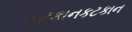
કટકાનકટકાન